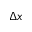
\Delta x